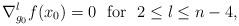
LaTeX: \begin{align*} \nabla_{g_0}^l f(x_0)=0 \hbox{~~for~~}2 \leq l \leq n-4,\end{align*}